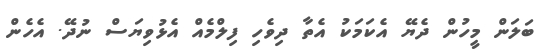
ބަލަން މީހުން ދެޔޭ އެކަމަކު އެތާ ދިވެހި ފިލްމެއް އެޅުވިޔަސް ނުދޭ. އެހެން